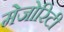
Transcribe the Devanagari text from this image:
मेजोरिटी